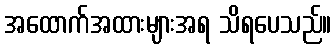
အထောက်အထားများအရ သိရပေသည်။